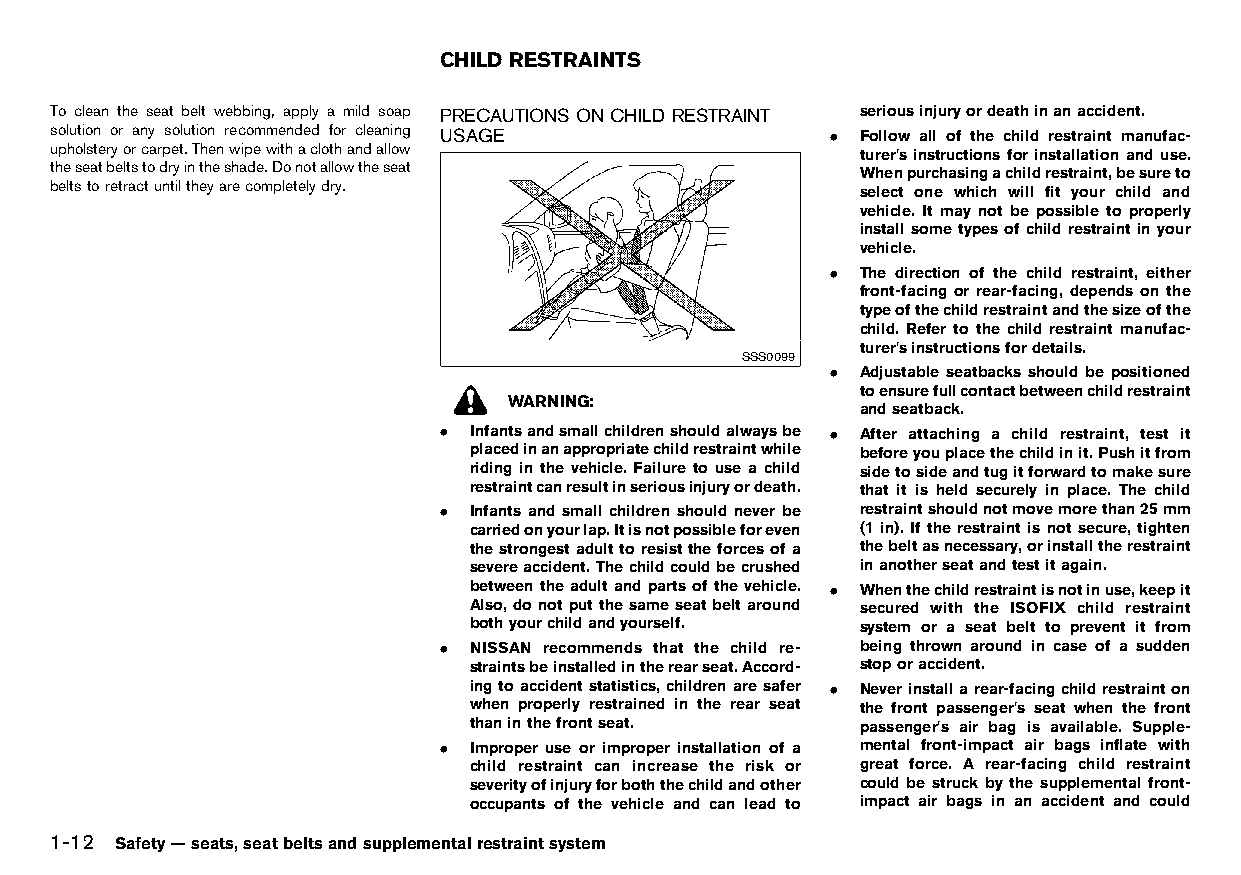
(38,1)
 CHILD RESTRAINTS
 HT32A1-B9F2FCE8-C8FF-4419-9D1B-47BBBEB817B8
 To clean the seat belt webbing, apply a mild soap PRECAUTIONS ONCHILDRESTRAINT seriousinjuryordeathinanaccident.
 solution or any solution recommended for cleaning USAGE . Follow all of the child restraint manufac-
 upholsteryorcarpet.Thenwipewithaclothandallow HT32A1-A2A55D3D-261B-4822-A5C9-B00E94E8AA4A turer’s instructions for installation and use.
 theseatbeltstodryintheshade.Donotallowtheseat         Whenpurchasingachildrestraint,besureto
 beltstoretractuntiltheyarecompletelydry.              select one which will fit your child and
 vehicle. It may not be possible to properly
 install some typesof child restraint inyour
 vehicle.
 . The direction of the child restraint, either
 front-facing or rear-facing, depends on the
 typeofthechildrestraintandthesizeofthe
 child. Refer to the child restraint manufac-
 turer’sinstructionsfordetails.
 SSS0099
 . Adjustable seatbacks should be positioned
 toensurefullcontactbetweenchildrestraint
 WARNING:
 andseatback.
 . Infantsandsmallchildrenshouldalwaysbe . After attaching a child restraint, test it
 placedinanappropriatechildrestraintwhile beforeyouplacethechildinit.Pushitfrom
 riding in the vehicle. Failure to use a child sidetosideandtugitforwardtomakesure
 restraintcanresultinseriousinjuryordeath. that it is held securely in place. The child
 . Infants and small children should never be restraintshouldnotmovemorethan25mm
 carriedonyourlap.Itisnotpossibleforeven (1 in). If the restraint is not secure, tighten
 thestrongestadulttoresisttheforcesofa thebeltasnecessary,orinstalltherestraint
 severeaccident.Thechildcouldbecrushed inanotherseatandtestitagain.
 betweentheadult andparts ofthevehicle. . Whenthechildrestraintisnotinuse,keepit
 Also,donotputthesameseatbeltaround secured with the ISOFIX child restraint
 bothyourchildandyourself. system or a seat belt to prevent it from
 . NISSAN recommends that the child re- being thrown around in case of a sudden
 straintsbeinstalledintherearseat.Accord- stoporaccident.
 ingtoaccidentstatistics,childrenaresafer . Neverinstallarear-facingchildrestrainton
 when properly restrained in the rear seat the front passenger’s seat when the front
 thaninthefrontseat.       passenger’s air bag is available. Supple-
 . Improper use or improper installation of a mental front-impact air bags inflate with
 child restraint can increase the risk or great force. A rear-facing child restraint
 severityofinjuryforboththechildandother could be struck by the supplemental front-
 occupants of the vehicle and can lead to impact air bags in an accident and could
 1-12 Safety—seats,seatbeltsandsupplementalrestraintsystem
 Condition:                        [Edit:2015/8/24 Model: HT32-A]